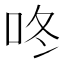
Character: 咚